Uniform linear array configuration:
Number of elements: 64
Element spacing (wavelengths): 0.5
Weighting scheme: hamming
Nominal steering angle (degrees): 15
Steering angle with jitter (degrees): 13.005
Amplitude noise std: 0.05
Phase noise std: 0.05

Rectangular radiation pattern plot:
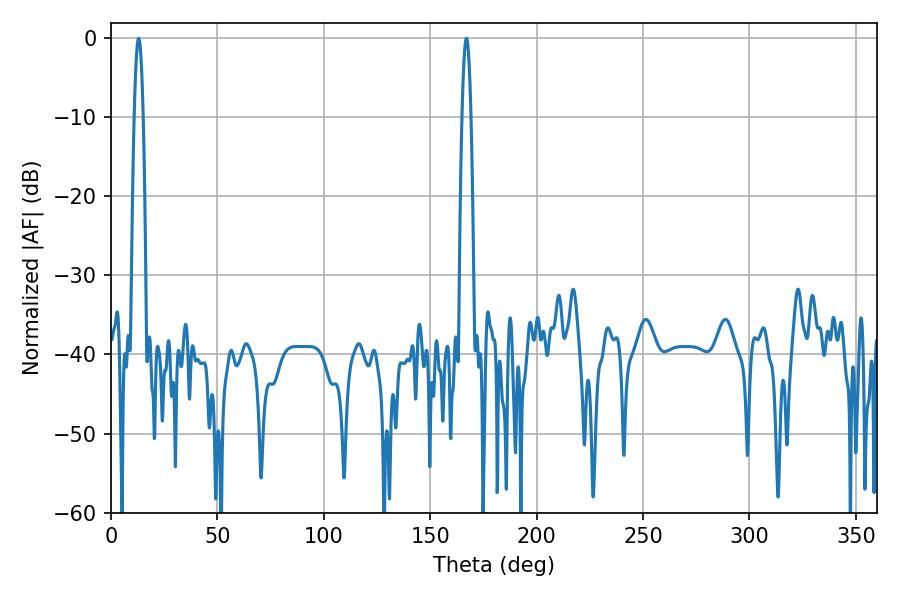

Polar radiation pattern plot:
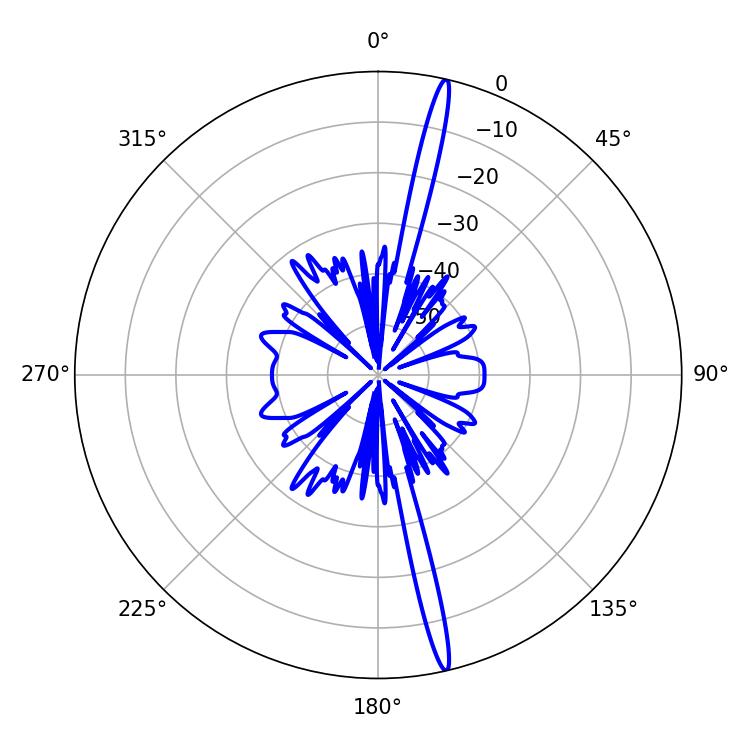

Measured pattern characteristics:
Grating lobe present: FALSE
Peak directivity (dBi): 20.062
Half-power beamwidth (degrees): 2.16
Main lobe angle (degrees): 12.96